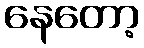
နေတော့